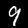
Digit: 9